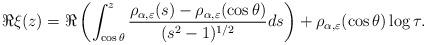
LaTeX: \begin{align*} \Re \xi(z) = \Re \left( \int_{\cos \theta}^z \frac{\rho_{\alpha, \varepsilon}(s) - \rho_{\alpha, \varepsilon}(\cos \theta)}{ (s^2-1)^{1/2}} ds \right) + \rho_{\alpha, \varepsilon}(\cos \theta ) \log \tau . \end{align*}